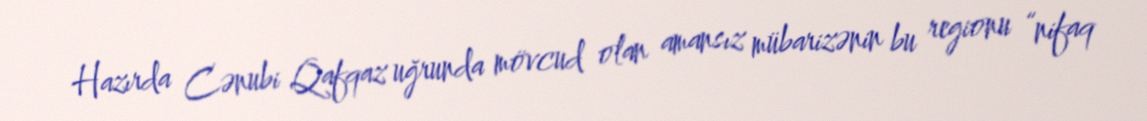
Hazırda Cənubi Qafqaz uğrunda mövcud olan amansız mübarizənin bu regionu “nifaq